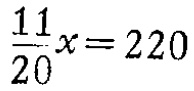
$\frac{11}{20}x = 220$